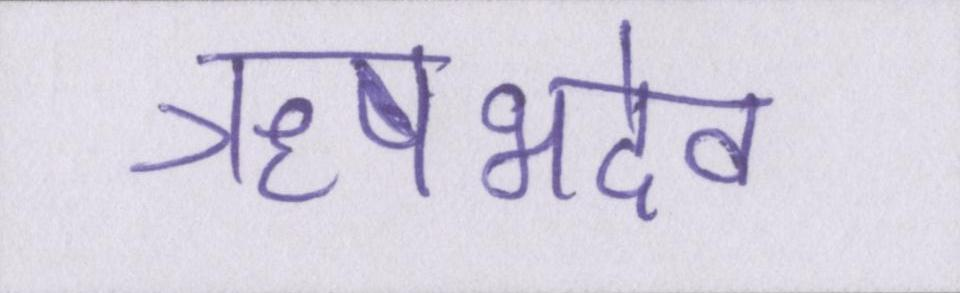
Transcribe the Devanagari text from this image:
ऋषभदेव